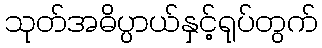
သုတ်အဓိပ္ပာယ်နှင့်ရုပ်တွက်